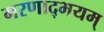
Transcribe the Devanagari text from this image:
मरणाद्भयम्